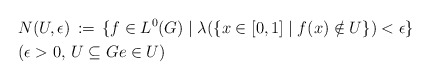
\begin{align*}&N(U,\epsilon ) \, := \, \{ f \in L^{0}(G) \mid \lambda (\{ x \in [0,1] \mid f(x) \notin U \}) < \epsilon \} \\& (\epsilon > 0 , \, U \subseteq G e \in U)\end{align*}